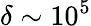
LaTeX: \delta\sim 10^{5}